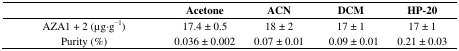
<table><thead><tr><td></td><td><b>Acetone</b></td><td><b>ACN</b></td><td><b>DCM</b></td><td><b>HP-20</b></td></tr></thead><tbody><tr><td>AZA1 + 2 (μg·g<sup>−1</sup>)</td><td>17.4 ± 0.5</td><td>18 ± 2</td><td>17 ± 1</td><td>17 ± 1</td></tr><tr><td>Purity (%)</td><td>0.036 ± 0.002</td><td>0.07 ± 0.01</td><td>0.09 ± 0.01</td><td>0.21 ± 0.03</td></tr></tbody></table>